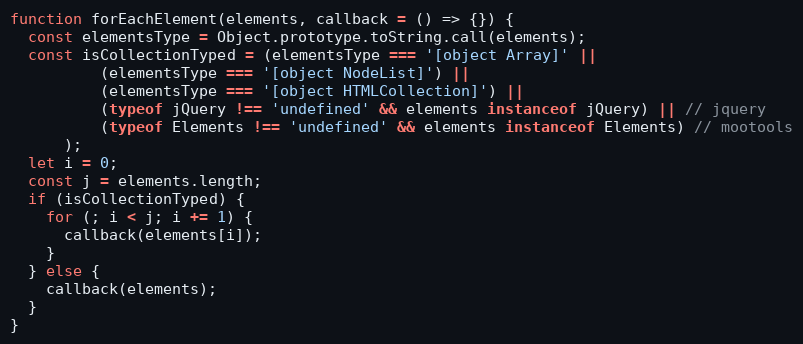
Language: JavaScript
function forEachElement(elements, callback = () => {}) {
  const elementsType = Object.prototype.toString.call(elements);
  const isCollectionTyped = (elementsType === '[object Array]' ||
          (elementsType === '[object NodeList]') ||
          (elementsType === '[object HTMLCollection]') ||
          (typeof jQuery !== 'undefined' && elements instanceof jQuery) || // jquery
          (typeof Elements !== 'undefined' && elements instanceof Elements) // mootools
      );
  let i = 0;
  const j = elements.length;
  if (isCollectionTyped) {
    for (; i < j; i += 1) {
      callback(elements[i]);
    }
  } else {
    callback(elements);
  }
}